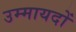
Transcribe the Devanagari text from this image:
उम्मायदों